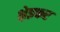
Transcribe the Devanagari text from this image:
श्लेइकर